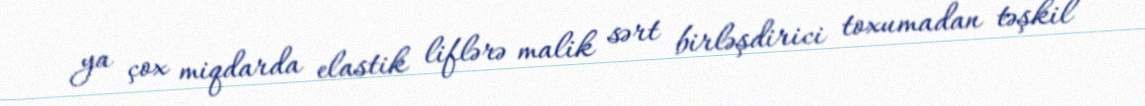
ya çox miqdarda elastik liflərə malik sərt birləşdirici toxumadan təşkil